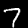
Label: 7